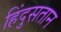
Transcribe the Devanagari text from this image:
हिंदुसतान